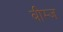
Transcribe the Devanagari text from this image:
बीम्ज